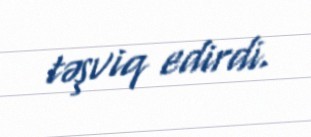
təşviq edirdi.